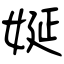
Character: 娫